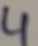
Text: 4